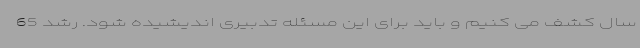
سال کشف می کنیم و باید برای این مسئله تدبیری اندیشیده شود. رشد 65